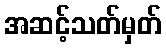
အဆင့်သတ်မှတ်